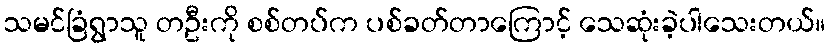
သမင်ခြံရွာသူ တဦးကို စစ်တပ်က ပစ်ခတ်တာကြောင့် သေဆုံးခဲ့ပါသေးတယ်။